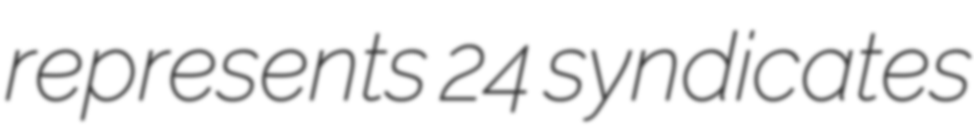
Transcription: represents 24 syndicates